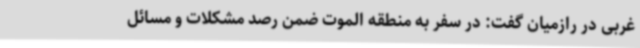
غربی در رازمیان گفت: در سفر به منطقه الموت ضمن رصد مشکلات و مسائل